Black-water fever - Number 35
Disease focus: Fever
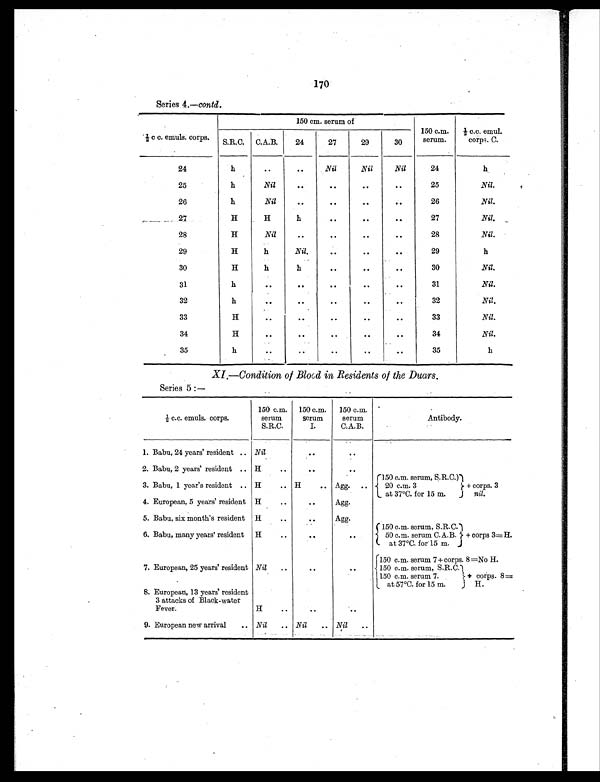
170
Series 4.—contd.
½ c c. emuls. corps.
150 cm. serum of
150 c.m.
serum.
½ c.c. emul.
corps. C.
S.R.C. C.A.B.
24
27
29
30
24
h
..
..
Nil
Nil
Nil
24
h
25
h
Nil
. .
. .
. .
. .
25
Nil.
26
h
Nil
. .
. .
. .
. .
26
Nil.
27
H
H
h
..
..
. .
27
Nil.
28
H
Nil
. .
. .
. .
. .
28
Nil.
29
H
h
Nil.
. .
. .
. .
29
h
30
H
h
h
. .
. .
. .
30
Nil.
31
h
. .
. .
. .
. .
. .
31
Nil.
32
h
. .
. .
. .
. .
. .
32
Nil.
33
H
. .
. .
. .
. .
. .
33
Nil.
34
H
. .
. .
..
. .
. .
34
Nil.
35
h
. .
..
..
. .
..
35
h
XI—Condition of Blood in Residents of the Duars.
Series 5 :—
½ c.c. emuls. corps.
150 c.m.
serum
S.R.C.
150 c.m.
serum
I.
150 c.m.
serum
C.A.B.
Antibody.
1. Babu, 24 years' resident .. Nil
. .
..
2. Babu, 2 years' resident .. H
..
. .
. .
3. Babu, 1 year's resident .. H
.. H
.. Agg. ..
150 c.m. serum, S.R.C.)
20 c.m. 3
at 37°C. for 15 m.
+ corps. 3
nil.
4. European, 5 years' resident H
. .
. . Agg.
. .
5. Babu, six month's resident H
..
. . Agg.
6. Babu, many years' resident H
. .
. .
. .
150 c.m. serum, S.R.C.
50 c.m. serum C.A.B.
at 37°C. for 15 m.
+ corps 3=H.
7. European, 25 years' resident Nil
..
. .
. .
150 c.m. serum 7 + corps. 8=No H.
150 c.m. serum, S.R.C.
150 c.m. serum 7.
at 57°C. for 15 m.
+ corps. 8=
H.
8. European, 13 years' resident
3 attacks of Black-water
Fever.
H
. .
..
..
9. European new arrival
.. Nil
.. Nil
.. Nil
..